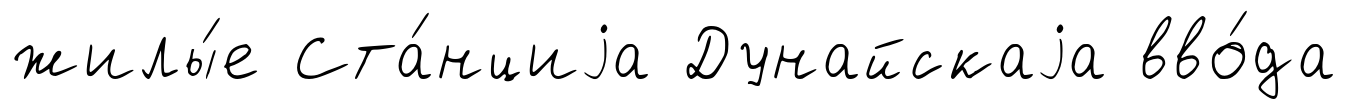
жилы́е Ста́нциjа Дунайскаjа вво́да